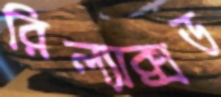
রিল্যাক্সড